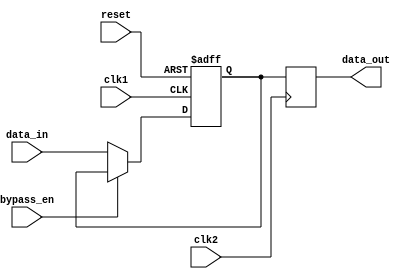
module Cascade_Bypass_Register (
    input wire clk1,
    input wire clk2,
    input wire reset,
    input wire bypass_en,
    input wire [7:0] data_in,
    output reg [7:0] data_out
);

reg [7:0] reg_data;

always @(posedge clk1 or posedge reset) begin
    if (reset) begin
        reg_data <= 8'b0;
    end else begin
        reg_data <= bypass_en ? reg_data : data_in;
    end
end

always @(posedge clk2) begin
    data_out <= reg_data;
end

endmodule